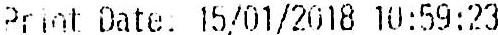
PRINT DATE: 15/01/2018 10:59:23